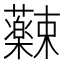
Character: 𫊚